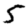
Digit: 5